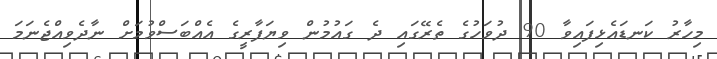
މިހާރު ކަނޑައެޅިފައިވާ 90 ދުވަހުގެ ތެރޭގައި ދެ ގައުމުން ވިޔަފާރީގެ އެއްބަސްވުމަށް ނާދެވިއްޖެނަމަ